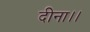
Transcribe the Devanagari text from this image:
दीना।।